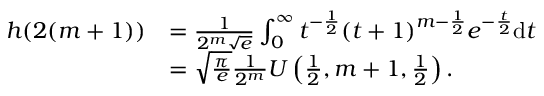
\begin{array} { r l } { h ( 2 ( m + 1 ) ) } & { = \frac { 1 } { 2 ^ { m } \sqrt { e } } \int _ { 0 } ^ { \infty } t ^ { - \frac { 1 } { 2 } } ( t + 1 ) ^ { m - \frac { 1 } { 2 } } e ^ { - \frac { t } { 2 } } \mathrm { d } t } \\ & { = \sqrt { \frac { \pi } { e } } \frac { 1 } { 2 ^ { m } } U \left( \frac { 1 } { 2 } , m + 1 , \frac { 1 } { 2 } \right) . } \end{array}